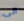
الى